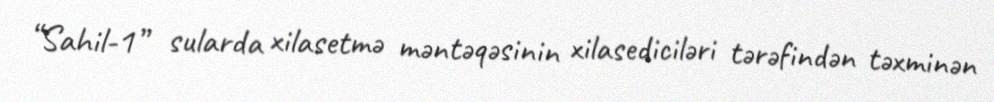
“Sahil-1” sularda xilasetmə məntəqəsinin xilasediciləri tərəfindən təxminən